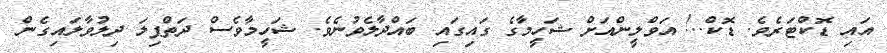
އައި ޑޮކްޓަރެވެ. ޑޮކް..! އަވްލީންއަށް ޝަހީމާގެ ގައިގައި ބައްދާލެވުނެވެ. ޝަހީމާވެސް ދަތްޕިލަ ދިލުވާލައިގެން